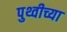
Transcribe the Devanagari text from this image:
पुथ्वीच्या